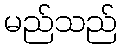
မည်သည်